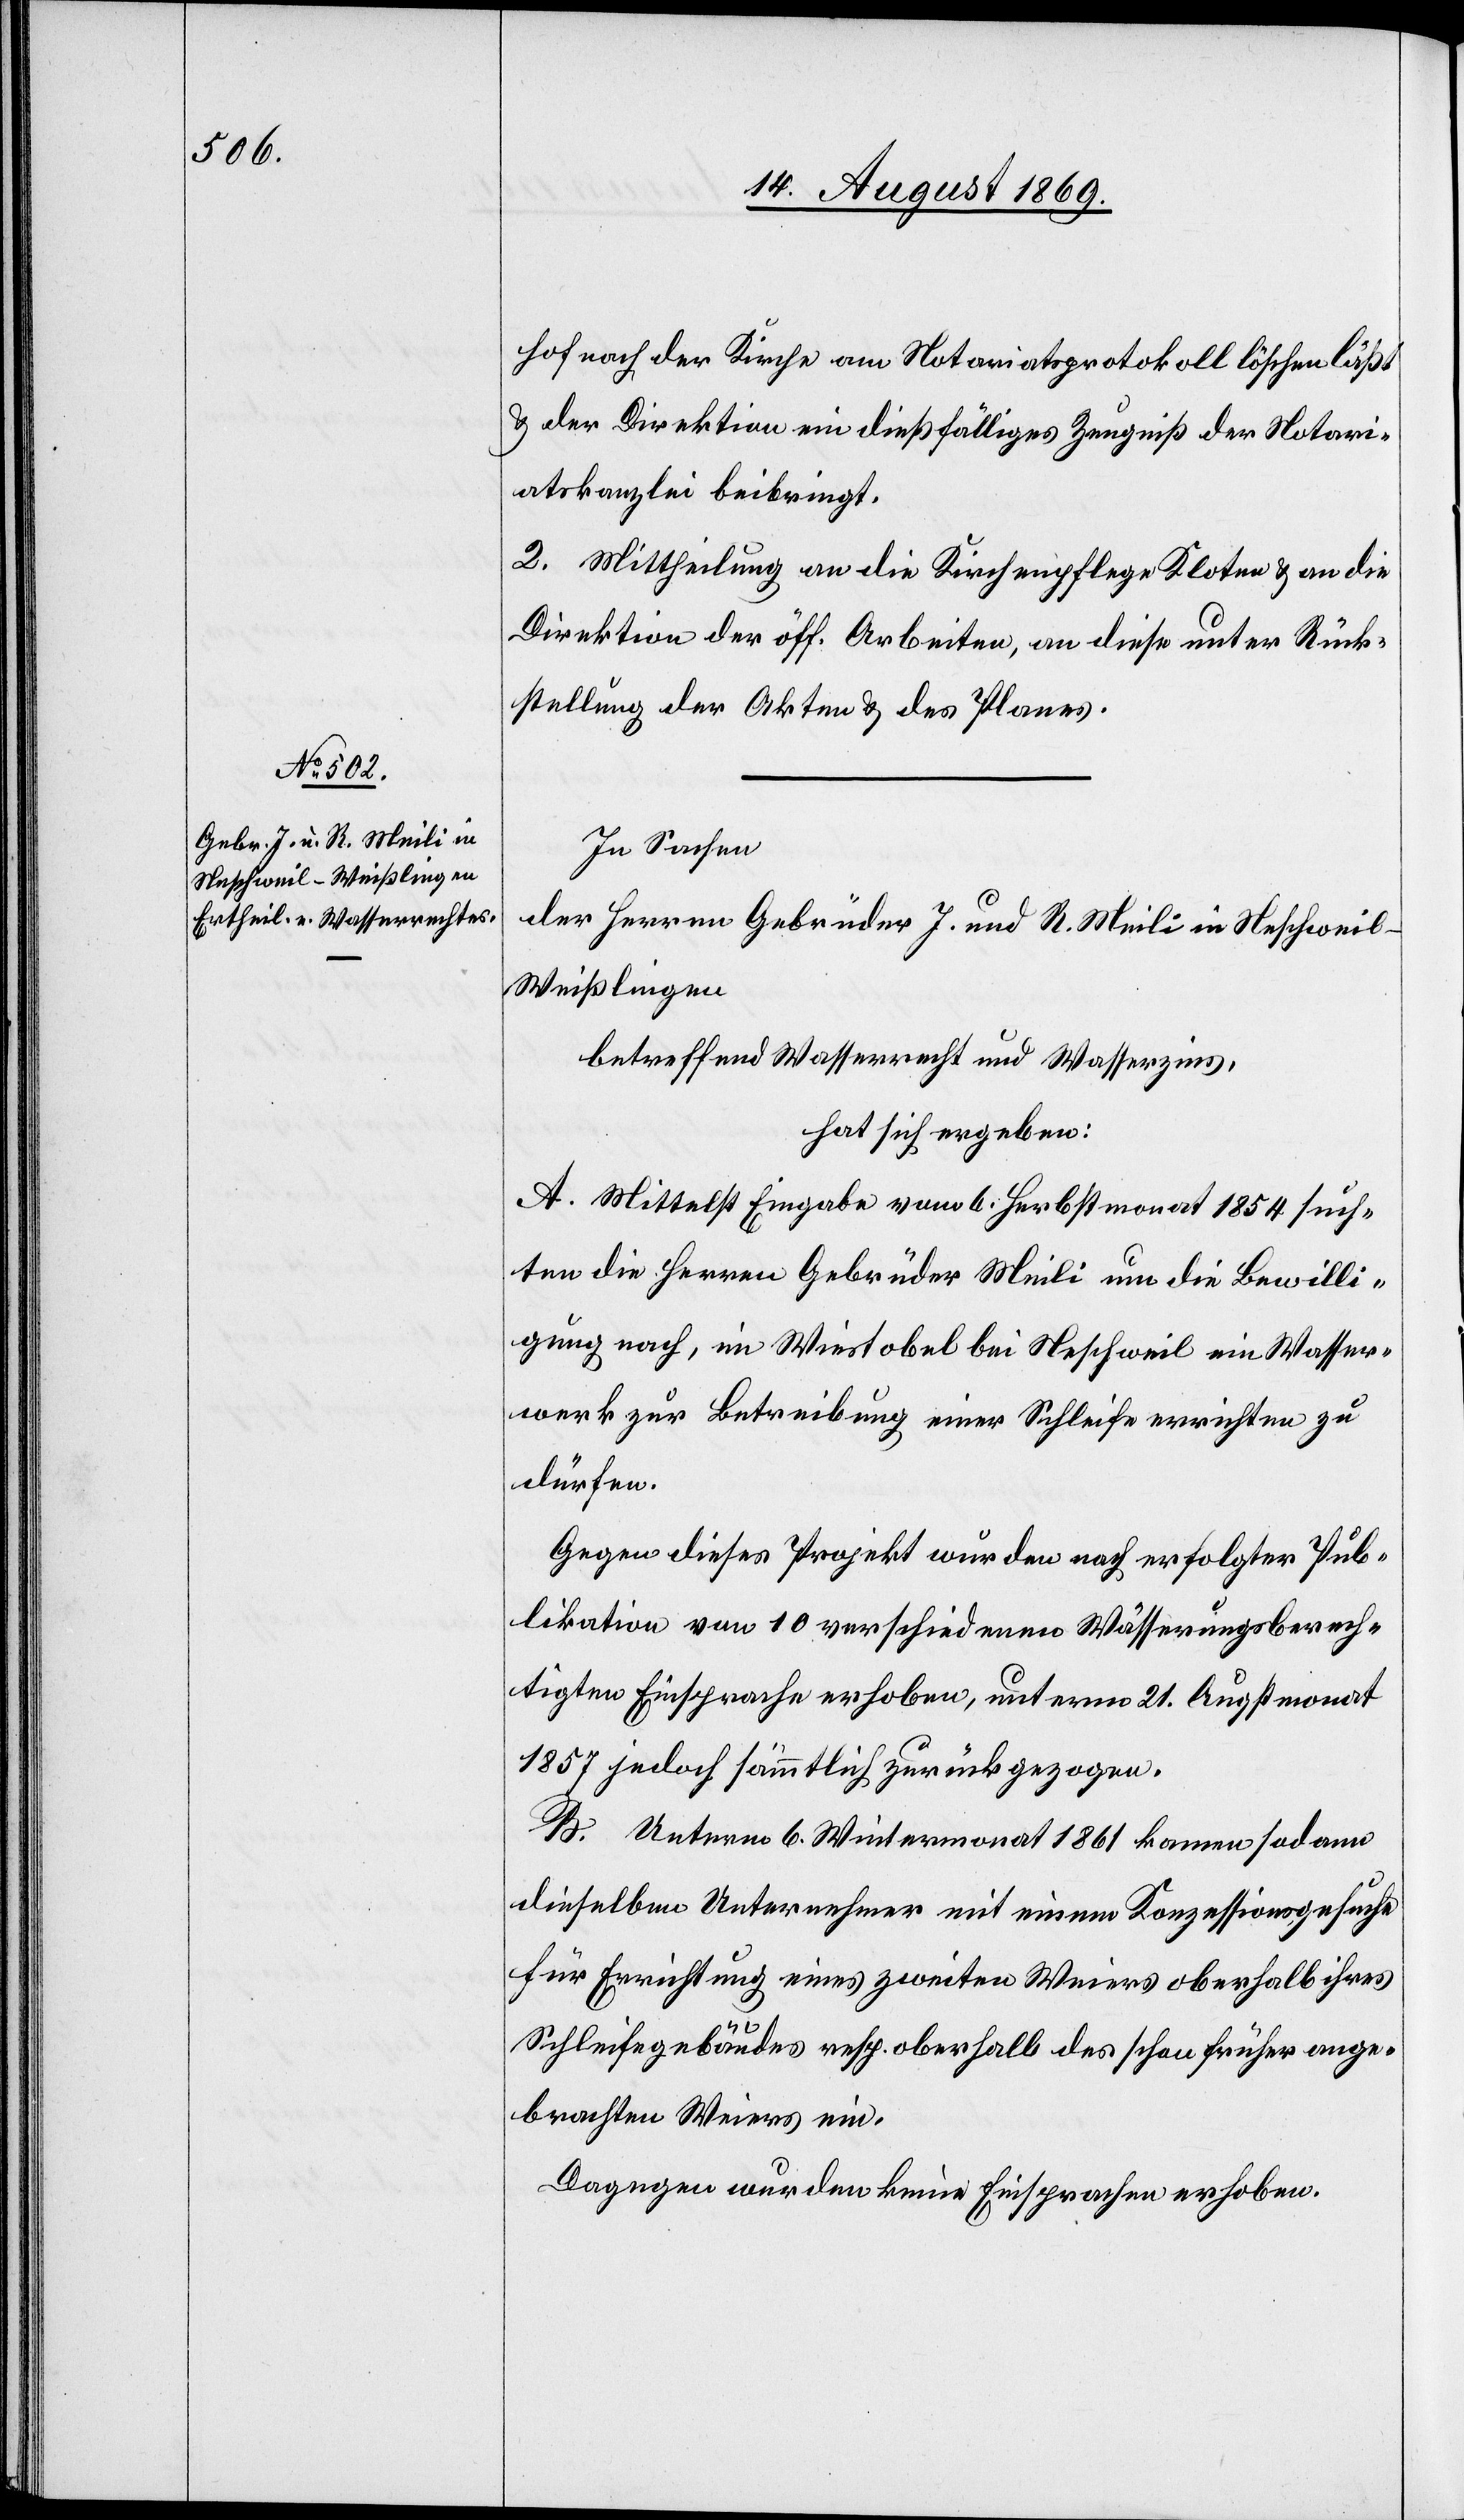
hof nach der Kirche am Notariatsprotokoll löschen läßt
& der Direktion ein dießfälliges Zeugniß der Notari¬
atskanzlei beibringt.
2. Mittheilung an die Kirchenpflege Kloten & an die
Direktion der öff. Arbeiten, an diese unter Rück¬
stellung der Akten & des Planes.
In Sachen
der Herren Gebrüder J. und R. Meili in Neschweil
Weißlingen
betreffend Wasserrecht und Wasserzins,
hat sich ergeben:
A. Mittelst Eingabe vom 6. Herbstmonat 1854 such¬
ten die Herren Gebrüder Meili um die Bewilli¬
gung nach, im Wiestobel bei Neschweil ein Wasser¬
werk zur Betreibung einer Schleife errichten zu
dürfen.
Gegen dieses Projekt wurden [sic!] nach erfolgter Pub¬
likation von 10 verschiedenen Wässerungsberech¬
tigten Einsprache erhoben, unterm 21. Augstmonat
1857 jedoch sämmtlich zurückgezogen.
B. Unterm 6. Wintermonat 1861 kamen sodann
dieselben Unternehmer mit einem Konzessionsgesuche
für Errichtung eines zweiten Weiers oberhalb ihres
Schleifegebäudes resp. oberhalb des schon früher ange¬
brachten Weiers ein.
Dagegen wurden keine Einsprachen erhoben.